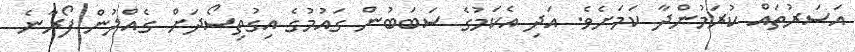
އަސަރުތައް ކުރަމުންދާ ކަމަށެވެ. އަދި އެކަމުގެ ސަބަބުން ގައުމުގެ އިގުތިސޯދަށް ގެއްލުން ފޯރާނެ